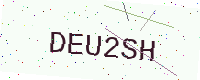
Text: DEU2SH